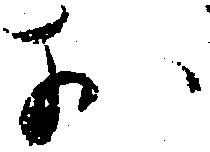
お